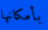
بأمكانها